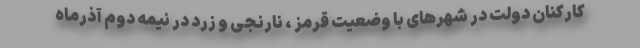
کارکنان دولت در شهرهای با وضعیت قرمز ، نارنجی و زرد در نیمه دوم آذرماه